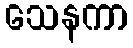
သေနကာ